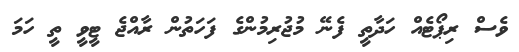
ވެސް ރިޕޯޓެއް ހަދާތީ ފެނޭ މުޖުރިމުންގެ ފަހަތުން ރާއްޖެ ޓީވީ ތީ ހަމަ